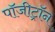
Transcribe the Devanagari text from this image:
पॉजीट्रॉन